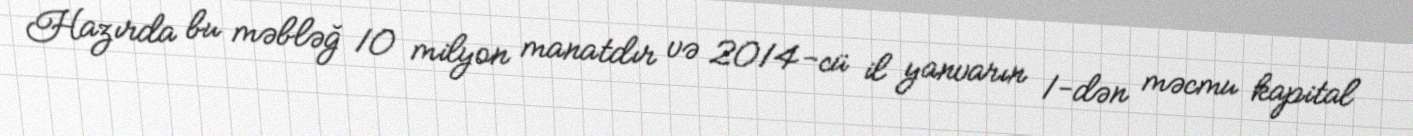
Hazırda bu məbləğ 10 milyon manatdır və 2014-cü il yanvarın 1-dən məcmu kapital